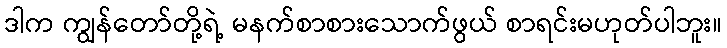
ဒါက ကျွန်တော်တို့ရဲ့ မနက်စာစားသောက်ဖွယ် စာရင်းမဟုတ်ပါဘူး။